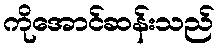
ကိုအောင်ဆန်းသည်